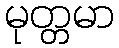
မုတ္တမာ